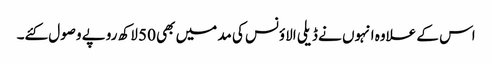
اس کے علاوہ انہوں نے ڈیلی الاؤنس کی مد میں بھی 50 لاکھ روپے وصول کئے۔